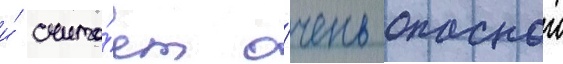
и́ счита́ет о́чень опаснои